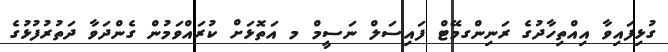
ގުޅިފައިވާ އިއްތިހާދުގެ ރަނިންގމޭޓް ފައިސަލް ނަސީމް މ އަތޮޅަށް ކުރައްވަމުން ގެންދަވާ ދަތުރުފުޅުގެ